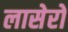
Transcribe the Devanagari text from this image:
लासेरों